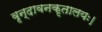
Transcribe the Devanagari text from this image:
वृन्दावनकृतालयः।